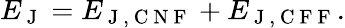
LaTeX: E_{\mathrm{~J~}}=E_{\mathrm{~J~},\mathrm{~C~N~F~}}+E_{\mathrm{~J~},\mathrm{~C~F~F~}}.